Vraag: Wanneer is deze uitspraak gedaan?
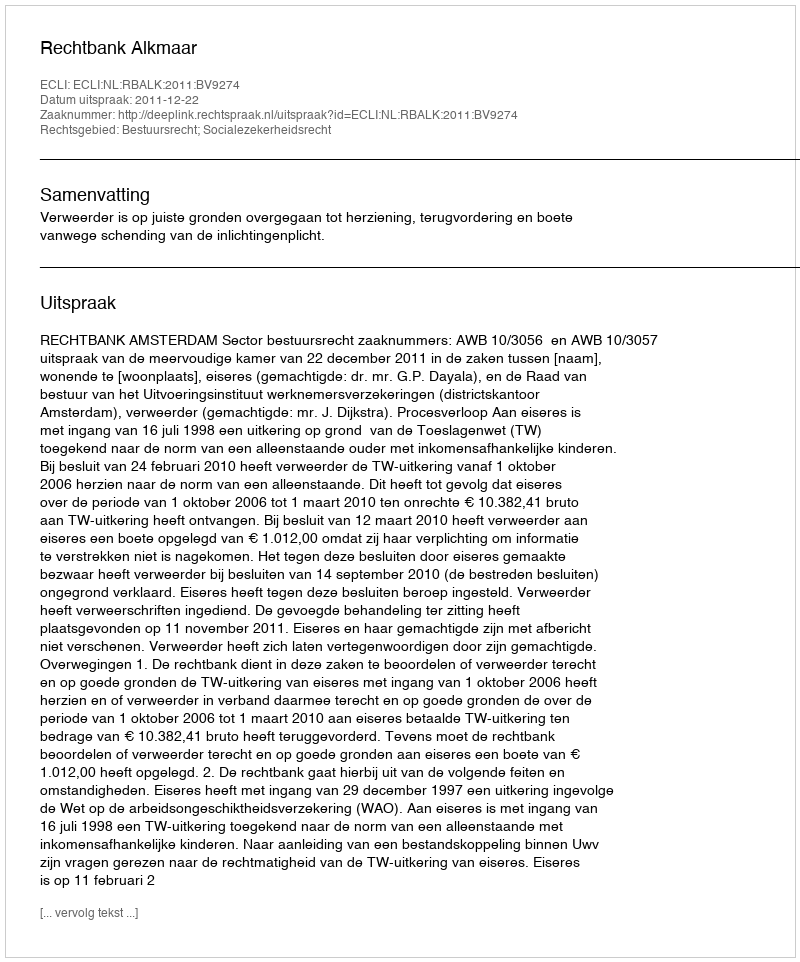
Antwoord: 2011-12-22